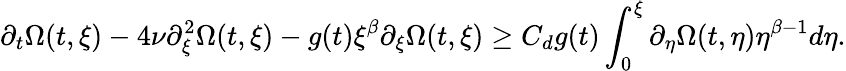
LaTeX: \partial_{t}\Omega(t,\xi)-4\nu\partial_{\xi}^{2}\Omega(t,\xi)-g(t)\xi^{\beta}\partial_{\xi}\Omega(t,\xi)\geq C_{d}g(t)\int_{0}^{\xi}\partial_{\eta}\Omega(t,\eta)\eta^{\beta-1}d\eta.